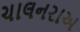
ચાલનરાઅ